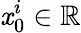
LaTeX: \mathit{x}_{0}^{i}\in\mathbb{{R}}